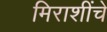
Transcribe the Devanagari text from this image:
मिराशींचे